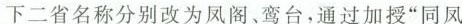
下二省名称分别改为凤阁、鸾台，通过加授”同凤